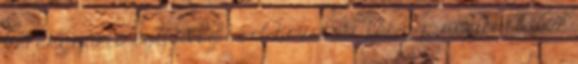
kerékgyártó egy üveg bort hozatott fel a pincéjéből. Az